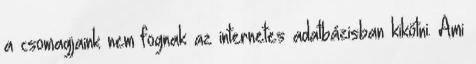
a csomagjaink nem fognak az internetes adatbázisban kikötni. Ami